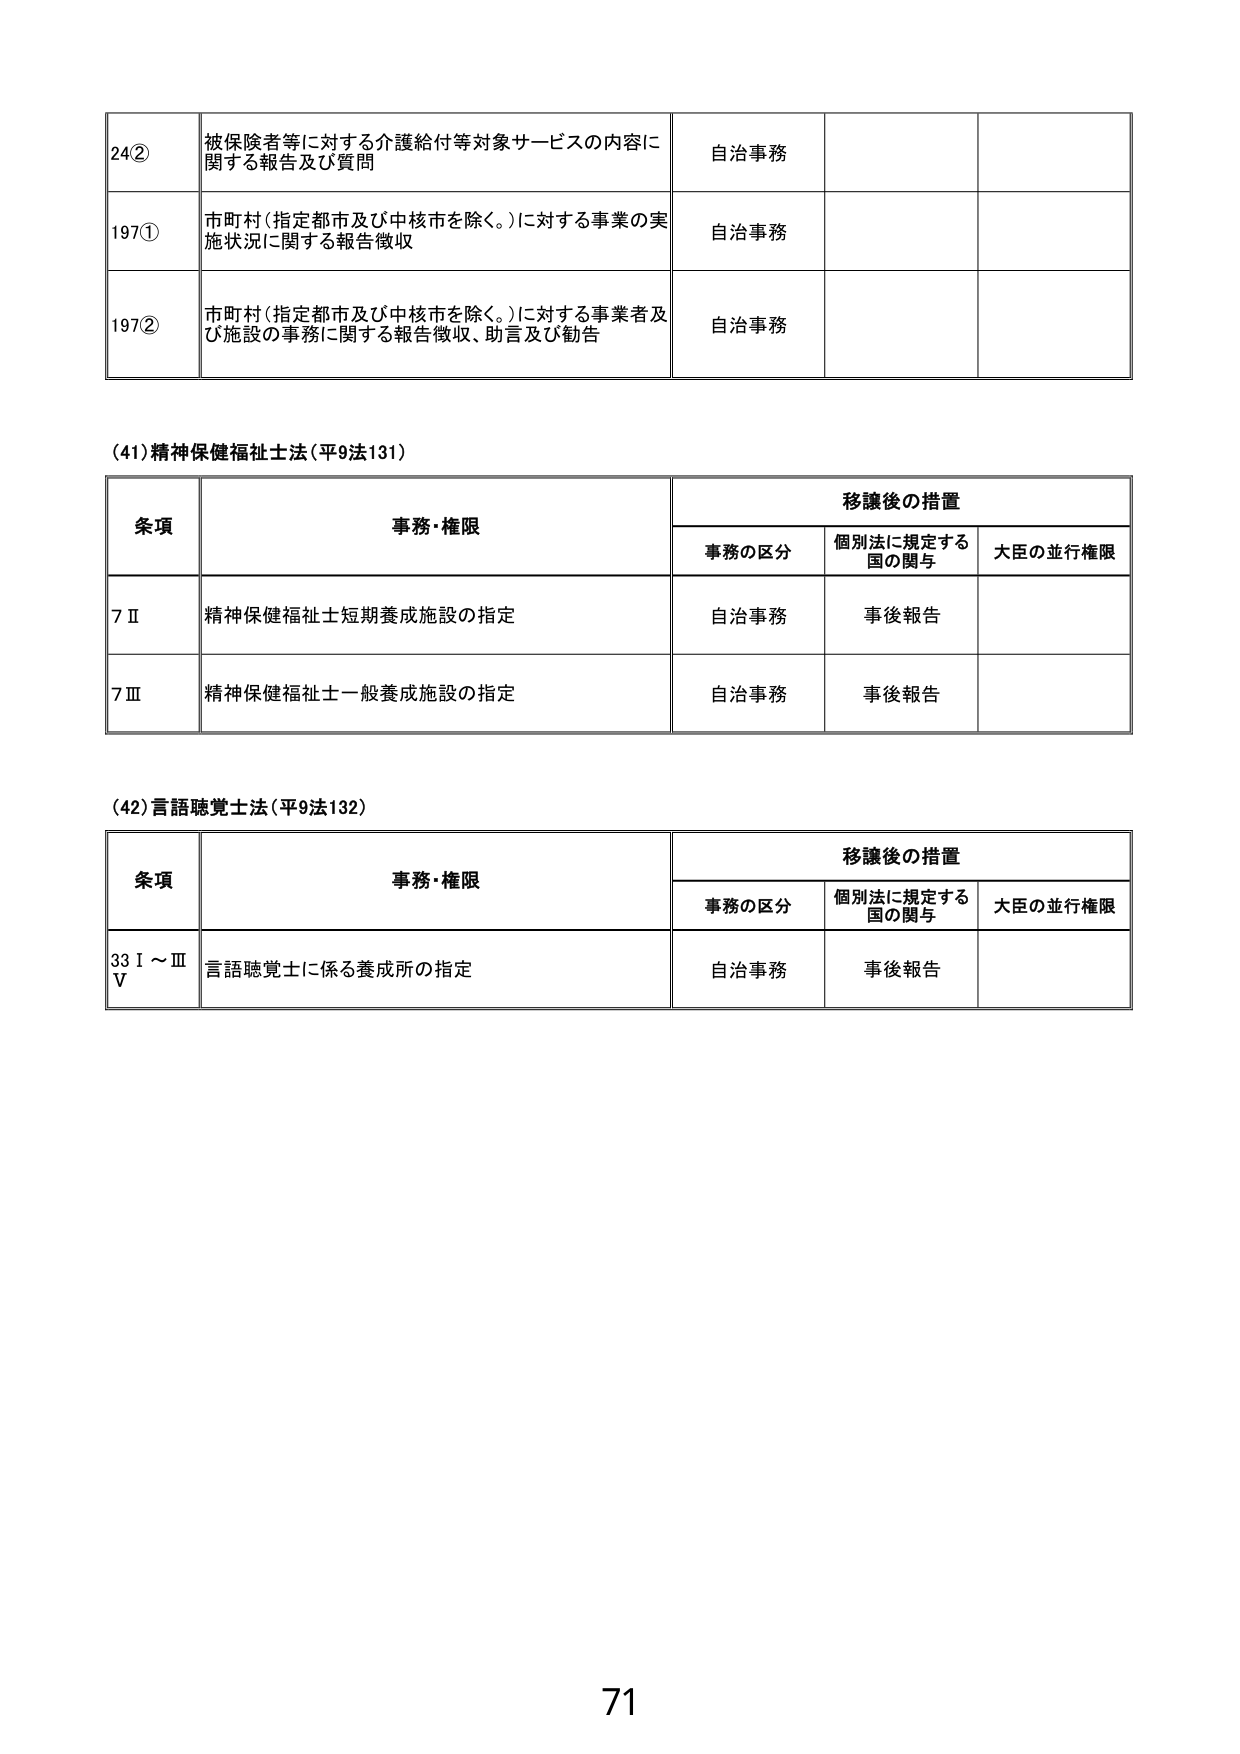
24② 被保険者等に対する介護給付等対象サービスの内容に関する報告及び質問 自治事務
197① 市町村（指定都市及び中核市を除く。）に対する事業の実施状況に関する報告徴収 自治事務
197② 市町村（指定都市及び中核市を除く。）に対する事業者及び施設の事務に関する報告徴収、助言及び勧告 自治事務

(41) 精神保健福祉士法（平9法131）
条項 事務・権限 移譲後の措置
　　事務の区分 個別法に規定する国の関与 大臣の並行権限
7Ⅱ 精神保健福祉士短期養成施設の指定 自治事務 事後報告
7Ⅲ 精神保健福祉士一般養成施設の指定 自治事務 事後報告

(42) 言語聴覚士法（平9法132）
条項 事務・権限 移譲後の措置
　　事務の区分 個別法に規定する国の関与 大臣の並行権限
33Ⅰ～ⅢⅤ 言語聴覚士に係る養成所の指定 自治事務 事後報告

71